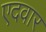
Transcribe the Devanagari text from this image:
एदवार